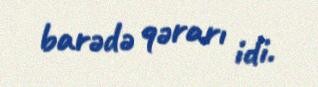
barədə qərarı idi.